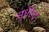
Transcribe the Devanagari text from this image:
सुधीन्द्र